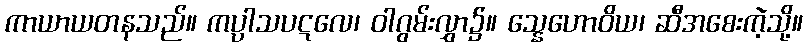
ကာယာယတနသည်။ ကပ္ပာသပဋလေ၊ ဝါဂွမ်းလွှာ၌။ သ္နေဟောဝိယ၊ ဆီအစေးကဲ့သို့။